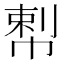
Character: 𢃴